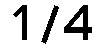
1/4